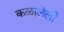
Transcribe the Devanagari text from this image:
कळालेली